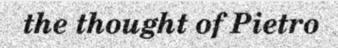
the thought of Pietro